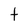
Character: t